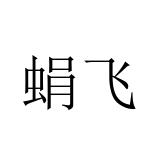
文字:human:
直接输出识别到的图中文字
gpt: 蜎飞